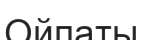
Ойпаты